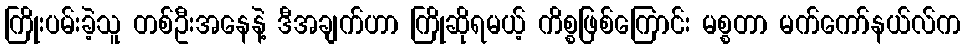
ကြိုးပမ်းခဲ့သူ တစ်ဦးအနေနဲ့ ဒီအချက်ဟာ ကြိုဆိုရမယ့် ကိစ္စဖြစ်ကြောင်း မစ္စတာ မက်ကော်နယ်လ်က